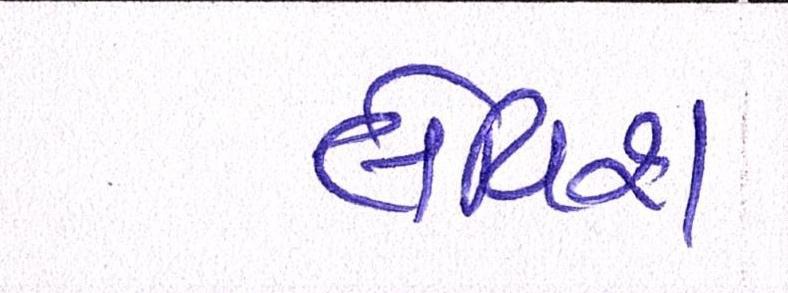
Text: લેવિશ